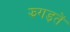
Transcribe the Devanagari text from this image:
झगड़तें